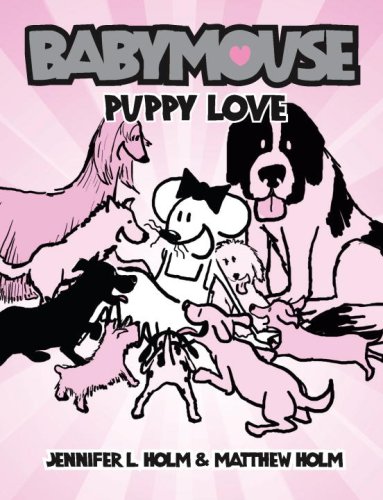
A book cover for Babymouse #8: Puppy Love; Jennifer L. Holm; Children's Books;